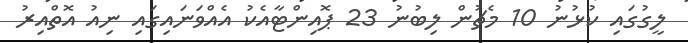
ލީގުގައި ކުޅުނު 10 މެޗުން ލިބުނު 23 ޕޮއިންޓާއެކު އެއްވަނައިގައި ނިއު އޮތްއިރު